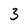
Character: 3